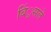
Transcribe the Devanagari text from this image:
बिं्रसले